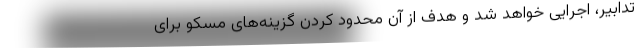
تدابیر، اجرایی خواهد شد و هدف از آن محدود کردن گزینه‌های مسکو برای